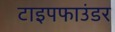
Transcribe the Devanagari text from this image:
टाइपफाउंडर